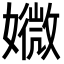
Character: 㜫